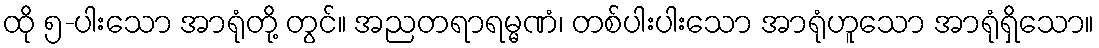
ထို ၅-ပါးသော အာရုံတို့ တွင်။ အညတရာရမ္မဏံ၊ တစ်ပါးပါးသော အာရုံဟူသော အာရုံရှိသော။